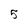
Character: 5